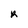
Character: R